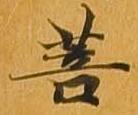
菩